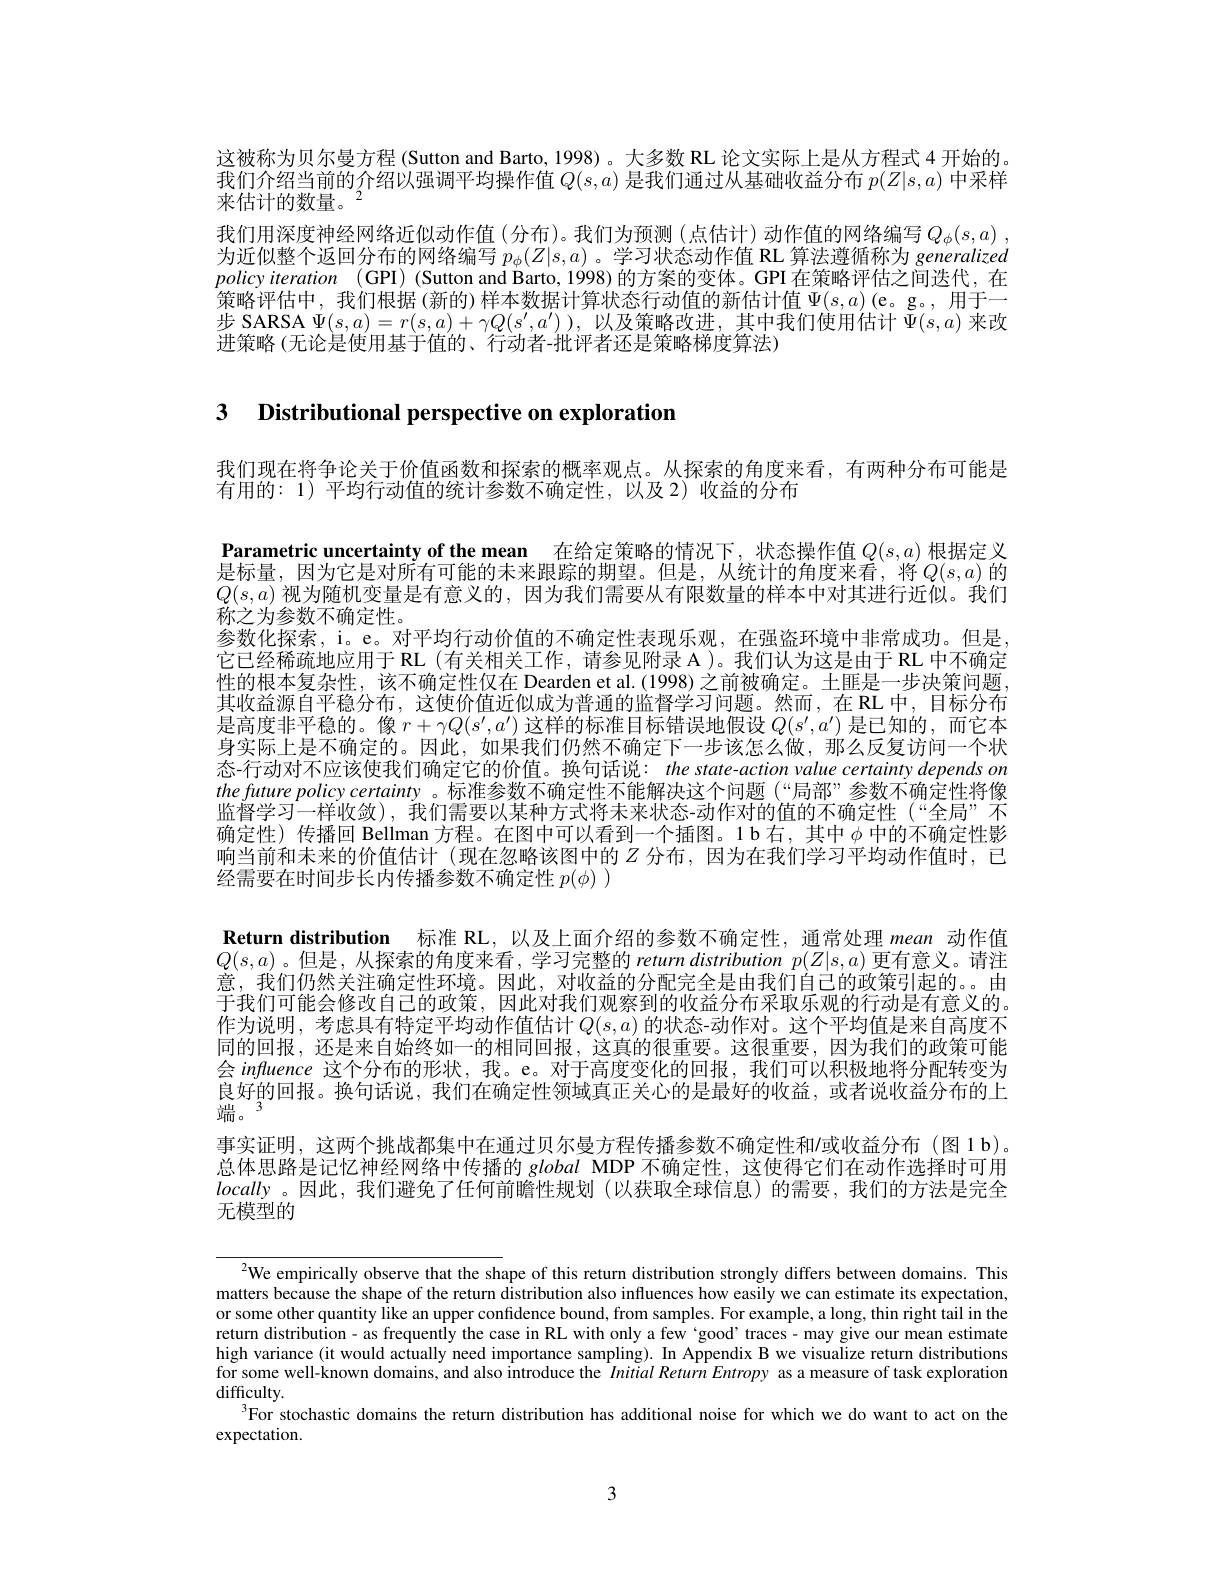
这被称为贝尔曼方程 (Sutton and Barto, 1998)。大多数 RL 论文实际上是从方程式 4 开始的。我们介绍当前的介绍以强调平均操作值$Q(s,a)$是我们通过从基础收益分布$p(Z|s,a)$中采样来估计的数量。$^2$
我们用深度神经网络近似动作值(分布)。我们为预测(点估计)动作值的网络编写$Q_\phi ( s, a)$ , 为近似整个返回分布的网络编写$p_\phi(Z|s,a)$。学习状态动作值 RL 算法遵循称为 generalized policyiteration (GPI) (Sutton and Barto, 1998) 的方案的变体。GPI 在策略评估之间迭代，在策略评估中，我们根据(新的)样本数据计算状态行动值的新估计值$\Psi(s,a)$(e。g。,用于一步 SARSA $\Psi(s,a)=r(s,a)+\gamma Q(s^{\prime},a^{\prime}))$,以及策略改进，其中我们使用估计$\tilde{\Psi}(s,a)$来改进策略 (无论是使用基于值的、行动者-批评者还是策略梯度算法)

3 $\textbf{Distributional perspective on exploratior}$

我们现在将争论关于价值函数和探索的概率观点。从探索的角度来看，有两种分布可能是
有用的：1)平均行动值的统计参数不确定性，以及 2)收益的分布

Parametric uncertainty of the mean 在给定策略的情况下，状态操作值$Q(s,a)$根据定义是标量，因为它是对所有可能的未来跟踪的期望。但是，从统计的角度来看，将$Q(s,a)$ 的$Q(s,a)$视为随机变量是有意义的，因为我们需要从有限数量的样本中对其进行近似。我们称之为参数不确定性。
参数化探索，i。e。对平均行动价值的不确定性表现乐观，在强盗环境中非常成功。但是它已经稀疏地应用于 RL (有关相关工作，请参见附录 A)。我们认为这是由于 RL 中不确定性的根本复杂性，该不确定性仅在 Dearden et al. (1998)之前被确定。土匪是一步决策问题其收益源自平稳分布，这使价值近似成为普通的监督学习问题。然而，在 RL 中，目标分布是高度非平稳的。像$r+\gamma Q(s^\prime,a^\prime)$这样的标准目标错误地假设$Q(s^\prime,a^\prime)$是已知的，而它本身实际上是不确定的。因此，如果我们仍然不确定下一步该怎么做，那么反复访问一个状态-行动对不应该使我们确定它的价值。换句话说：the state-action value certainty depends on the future policy certainty 。标准参数不确定性不能解决这个问题 (“局部”参数不确定性将像监督学习一样收敛),我们需要以某种方式将未来状态-动作对的值的不确定性(“全局”不确定性) 传播回 Bellman 方程。在图中可以看到一个插图。1 b 右，其中$\phi$中的不确定性影响当前和未来的价值估计(现在忽略该图中的$Z$ 分布，因为在我们学习平均动作值时，已经需要在时间步长内传播参数不确定性$p(\phi)$ )
Return distribution 标准 RL,以及上面介绍的参数不确定性，通常处理 mean 动作值$Q(s,a)$ 。但是 , 从探索的角度来看 , 学习完整的 return distribution $p(Z|s,a)$更有意义。请注意，我们仍然关注确定性环境。因此，对收益的分配完全是由我们自己的政策引起的。。由于我们可能会修改自己的政策，因此对我们观察到的收益分布采取乐观的行动是有意义的。作为说明，考虑具有特定平均动作值估计$Q(s,a)$的状态-动作对。这个平均值是来自高度不同的回报，还是来自始终如一的相同回报，这真的很重要。这很重要，因为我们的政策可能会 influence 这个分布的形状，我。e。对于高度变化的回报，我们可以积极地将分配转变为良好的回报。换句话说，我们在确定性领域真正关心的是最好的收益，或者说收益分布的上端。
事实证明，这两个挑战都集中在通过贝尔曼方程传播参数不确定性和/或收益分布 (图 1 b)。总体思路是记忆神经网络中传播的global MDP 不确定性，这使得它们在动作选择时可用locally 。因此，我们避免了任何前瞻性规划(以获取全球信息)的需要，我们的方法是完全无模型的

$^{2}$We empirically observe that the shape of this return distribution strongly differs between domains. This matters because the shape of the return distribution also influences how easily we can estimate its expectation, or some other quantity like an upper confidence bound, from samples. For example, a long, thin right tail in the return distribution- as frequently the case in RL with only a few 'good’traces- may give our mean estimate high variance (it would actually need importance sampling). In Appendix B we visualize return distributions for some well-known domains, and also introduce the $Initial\textit{Return Entropy as a measure of task exploration}$ diffficulty.
$^{3}$For stochastic domains the return distribution has additional noise for which we do want to act on the
expectation.

3